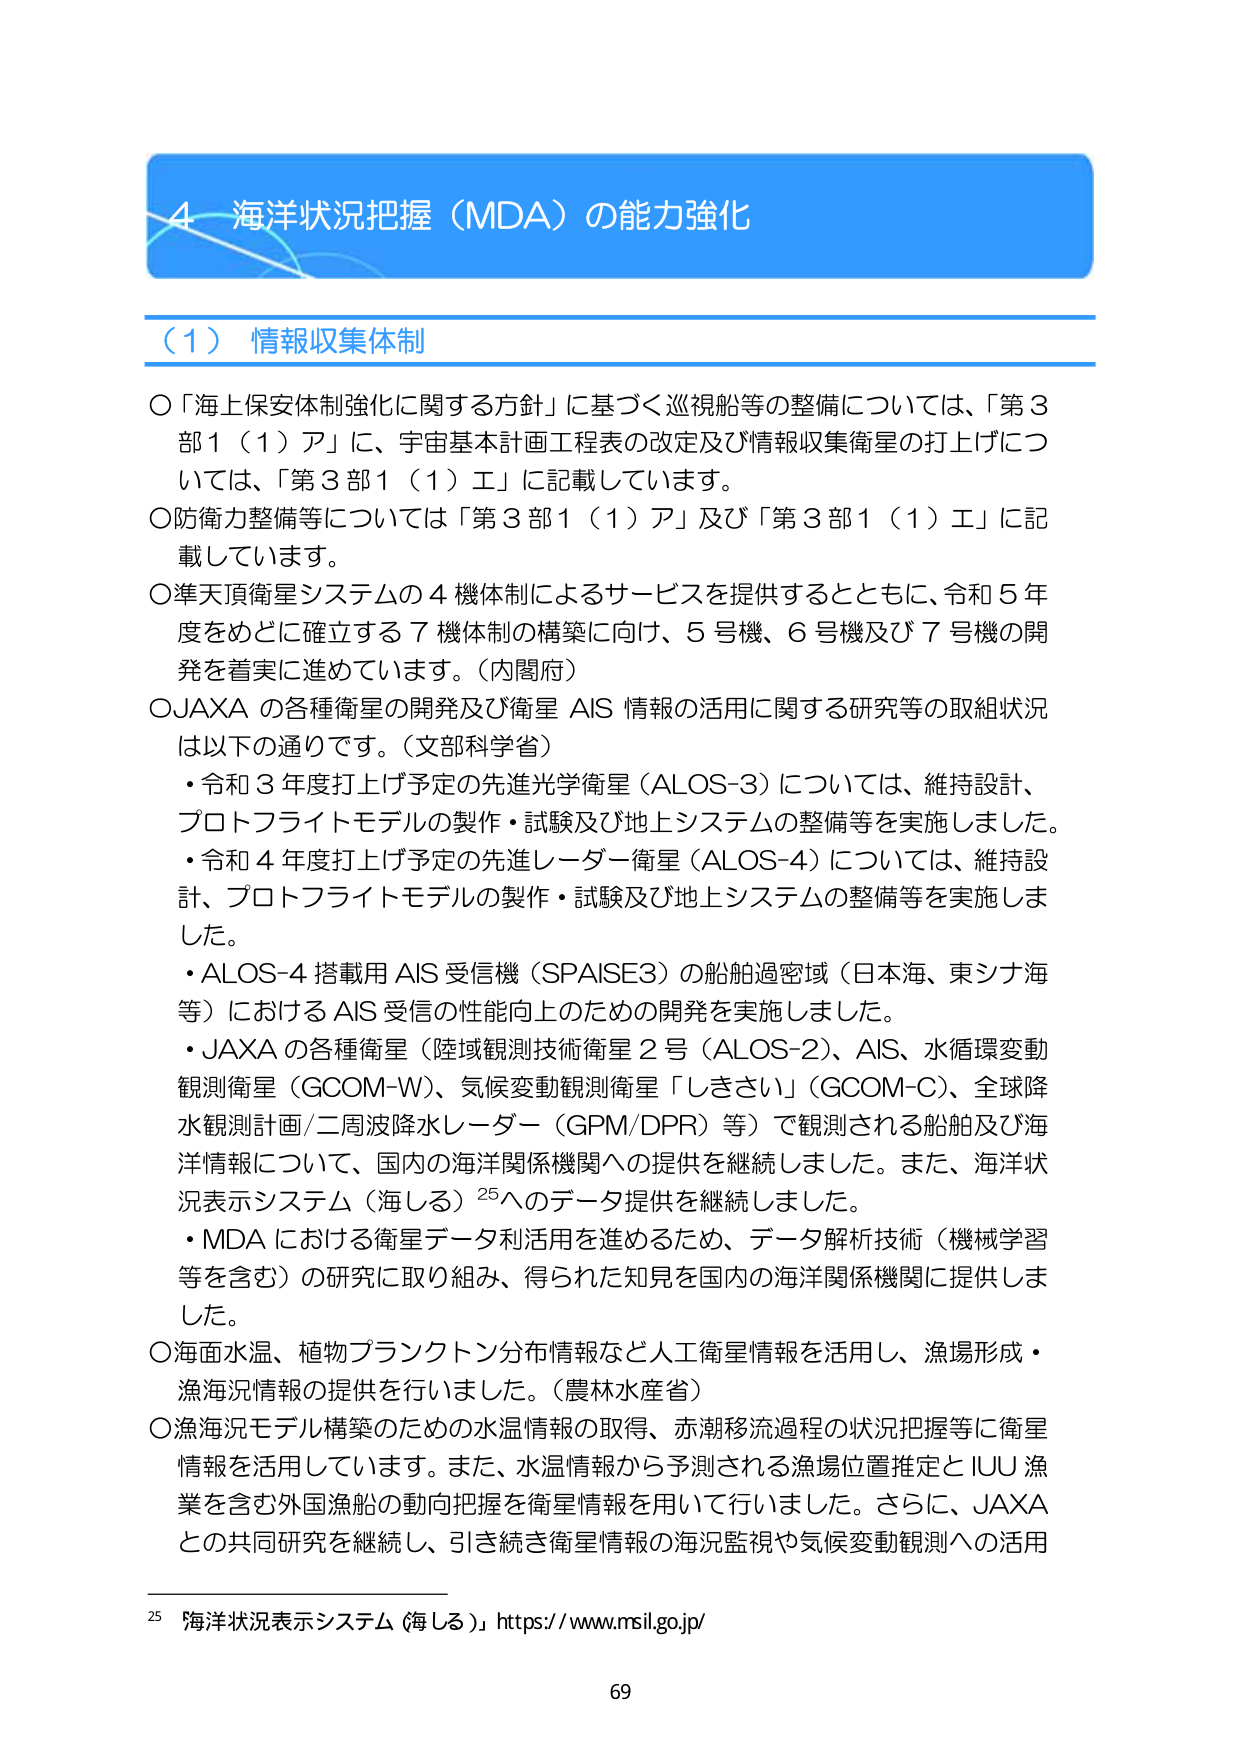
4. 海洋状況把握（MDA）の能力強化

（1） 情報収集体制

○「海上保安体制強化に関する方針」に基づく巡視船等の整備については、「第3部1（1）ア」に、宇宙基本計画工程表の改定及び情報収集衛星の打上げについては、「第3部1（1）エ」に記載しています。

○防衛力整備等については「第3部1（1）ア」及び「第3部1（1）エ」に記載しています。

○準天頂衛星システムの4機体制によるサービスを提供するとともに、令和5年度をめどに確立する7機体制の構築に向け、5号機、6号機及び7号機の開発を着実に進めています。（内閣府）

○JAXAの各種衛星の開発及び衛星AIS情報の活用に関する研究等の取組状況は以下の通りです。（文部科学省）

・令和3年度打上げ予定の先進光学衛星（ALOS-3）については、維持設計、プロトフライトモデルの製作・試験及び地上システムの整備等を実施しました。

・令和4年度打上げ予定の先進レーダー衛星（ALOS-4）については、維持設計、プロトフライトモデルの製作・試験及び地上システムの整備等を実施しました。

・ALOS-4搭載用AIS受信機（SPAISE3）の船舶過密域（日本海、東シナ海等）におけるAIS受信の性能向上のための開発を実施しました。

・JAXAの各種衛星（陸域観測技術衛星2号（ALOS-2）、AIS、水循環変動観測衛星（GCOM-W）、気候変動観測衛星「しきさい」（GCOM-C）、全球降水観測計画/二周波降水レーダー（GPM/DPR）等）で観測される船舶及び海洋情報について、国内の海洋関係機関への提供を継続しました。また、海洋状況表示システム（海しる）25へのデータ提供を継続しました。

・MDAにおける衛星データ利活用を進めるため、データ解析技術（機械学習等を含む）の研究に取り組み、得られた知見を国内の海洋関係機関に提供しました。

○海面水温、植物プランクトン分布情報など人工衛星情報を活用し、漁場形成・漁海況情報の提供を行いました。（農林水産省）

○漁海況モデル構築のための水温情報の取得、赤潮移流過程の状況把握等に衛星情報を活用しています。また、水温情報から予測される漁場位置推定とIUU漁業を含む外国漁船の動向把握を衛星情報を用いて行いました。さらに、JAXAとの共同研究を継続し、引き続き衛星情報の海況監視や気候変動観測への活用

25 「海洋状況表示システム（海しる）」https://www.msil.go.jp/

69